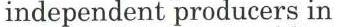
independent producers in